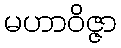
မဟာဝိဇ္ဇာ